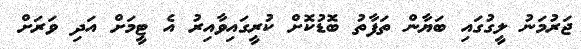
ޖަރުމަނު ލީގުގައި ބަޔާން ތަފާތު ބޮޑުކޮށް ކުރީގައިވާއިރު އެ ޓީމަށް އަދި ވަރަށް